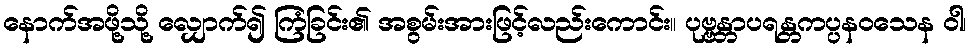
နောက်အဖို့သို့ လျှောက်၍ ကြံခြင်း၏ အစွမ်းအားဖြင့်လည်းကောင်း။ ပုဗ္ဗန္တာပရန္တကပ္ပနဝသေန ဝါ၊